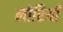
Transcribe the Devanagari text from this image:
लोरियाँ